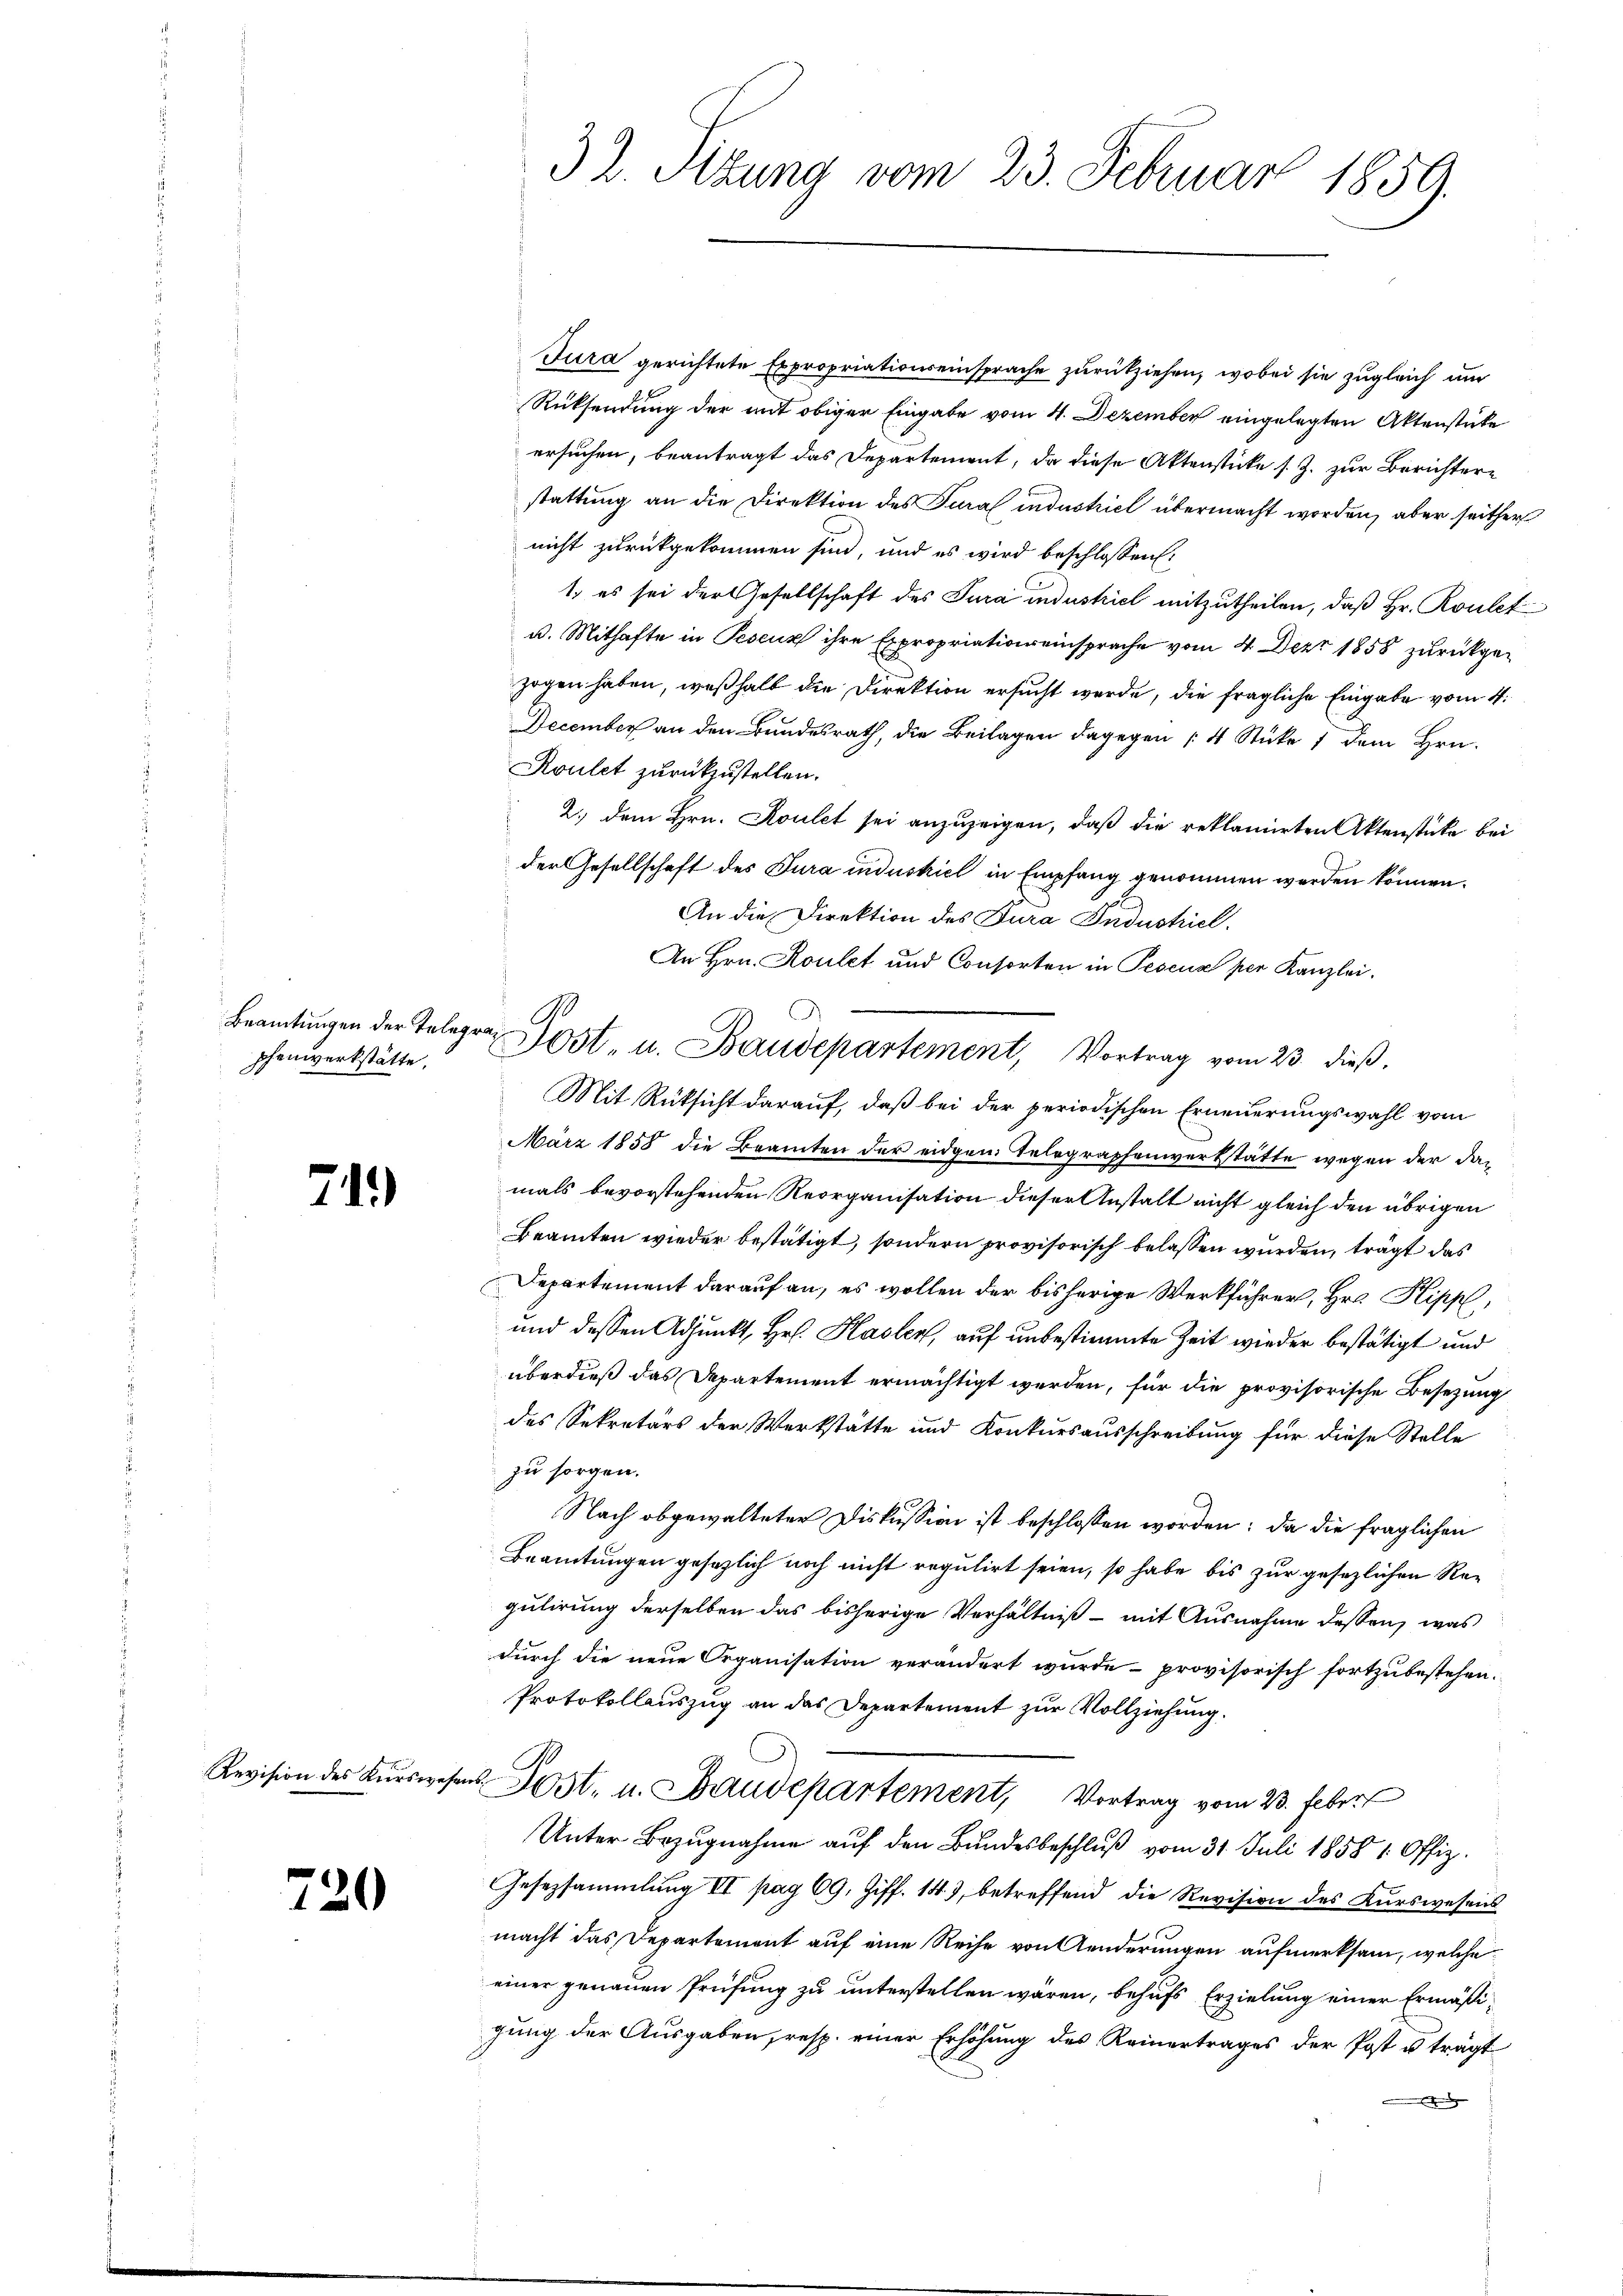
phenwerkstätte.

711)

Revision des Kurswesen

220

Jura gerichtete Expropriationseinsprache zurückziehen, wobei sie zugleich um
Rücksendung der mit obiger Eingabe vom 4. Dezember eingelegten Aktenstüke
ersuchen, beantragt das Departement, da diese Aktenstücke s. Z. zur Berichtere
stattung an die Direktion des Tura industriel übermacht worden, aber seither
nicht zurückgekommen sind, und es wird beschlossen:
1. es sei der Gesellschaft des Jura industriel mitzutheilen, daß Hr. Roulet
u. Mithafte in Peseuz ihre Expropriationseinsprache vom 4. Dezr 1858 zurückgezogen haben, weßhalb die Direktion ersucht werde, die fragliche Eingabe vom 4.
December an den Bundesrath, die Beilagen dagegen 4 Stücke 1 dem Hrn.
Roulet zurückzustellen.
2. dem Hrn. Koulet sei anzuzeigen, daß die reklamirten Aktenstücke bei
der Gesellschaft des Bura induskiel in Empfang genommen werden können.
An die Direktion des Fura Industriel
An Hrn. Koulet und Consorten in Pesenz per Kanzlei.
Mit Rüksicht darauf, daß bei der periodischen Erneuerungswahl vom
März 1858 die Beamten der eidgen. Telegraphenverkstätte wegen der damals bevorstehenden Reorganisation dieser Anstalt nicht gleich den übrigen
Beamten wieder bestätigt, sondern provisorisch belassen wurden, trägt das
Departement darauf an, es wollen der bisherige Werkführer, Hrn. Kippl
und dessen Adjunkt, Hr. Hasler, auf unbestimmte Zeit wieder bestätigt und
überdieß das Departement ermächtigt werden, für die provisorische Besezung
des Sekretärs der Werkstätte und Konkursausschreibung für diese Stelle
zu sorgen.
Nach obgewalteter Diskussion ist beschlossen worden: da die fraglichen
Beamtungen gesezlich noch nicht regulirt seien, so habe bis zur gesezlichen Regulirung derselben das bisherige Verhältniß - mit Ausnahme dessen, was
durch die neue Organisation verändert wurde provisorisch fortzubestehen.
Protokollauszug an das Departement zur Vollziehung.
u. Jost, u. Baudepartement, Vortrag vom 23. Febert
Unter Bezugnahme auf den Bundesbeschluß vom 31. Juli 1858 1 Offiz.
Gesetzsammlung II pag. 69. Ziff. 147, betreffend die Revision des Kurswesens
macht das Departement auf eine Reihe von Aenderungen aufmerksam, welche
einer genauen Prüfung zu unterstellen wären, behufs Erzielung einer Ermäßigung der Ausgaben, resp. einer Erhöhung des Reinertrages der Post u. trägt
.

3 2. Sitzung vom 23. Februar 1859.

Beamtŭngen der Telegra Post- u. Baudepartement, Vortrag vom 23. dieβ.